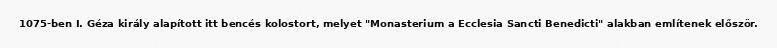
1075-ben I. Géza király alapított itt bencés kolostort, melyet "Monasterium a Ecclesia Sancti Benedicti" alakban említenek először.